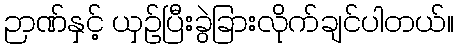
ဉာဏ်နှင့် ယှဉ်ပြီးခွဲခြားလိုက်ချင်ပါတယ်။